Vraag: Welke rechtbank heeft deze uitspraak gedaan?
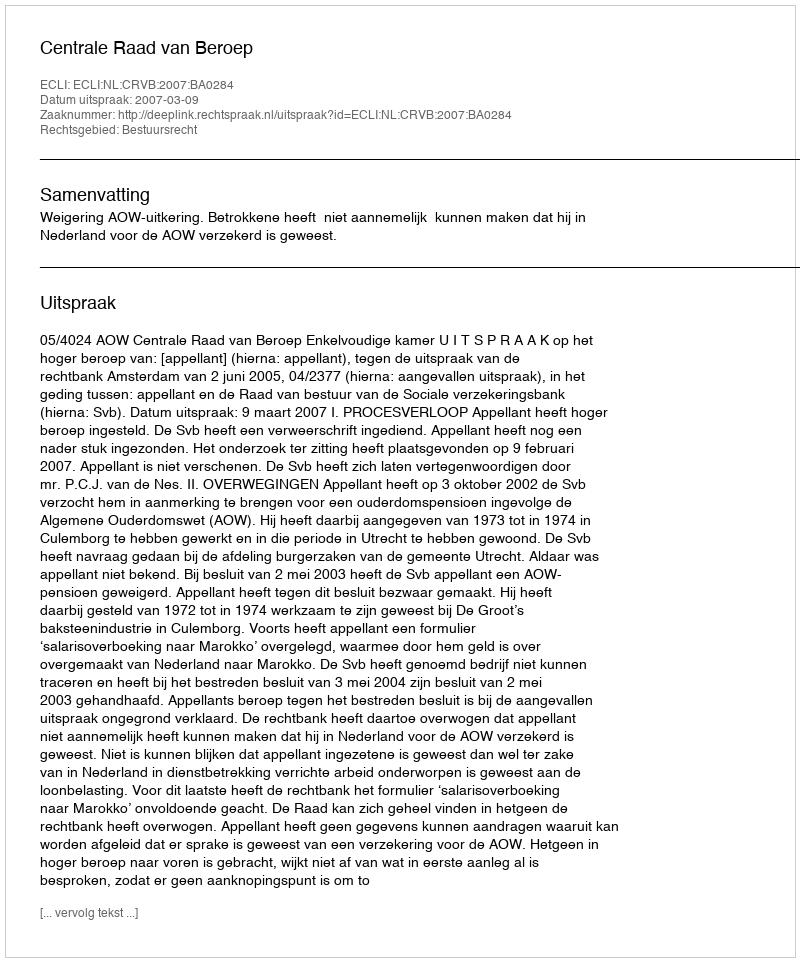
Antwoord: Centrale Raad van Beroep